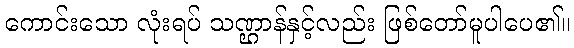
ကောင်းသော လုံးရပ် သဏ္ဌာန်နှင့်လည်း ဖြစ်တော်မူပါပေ၏။